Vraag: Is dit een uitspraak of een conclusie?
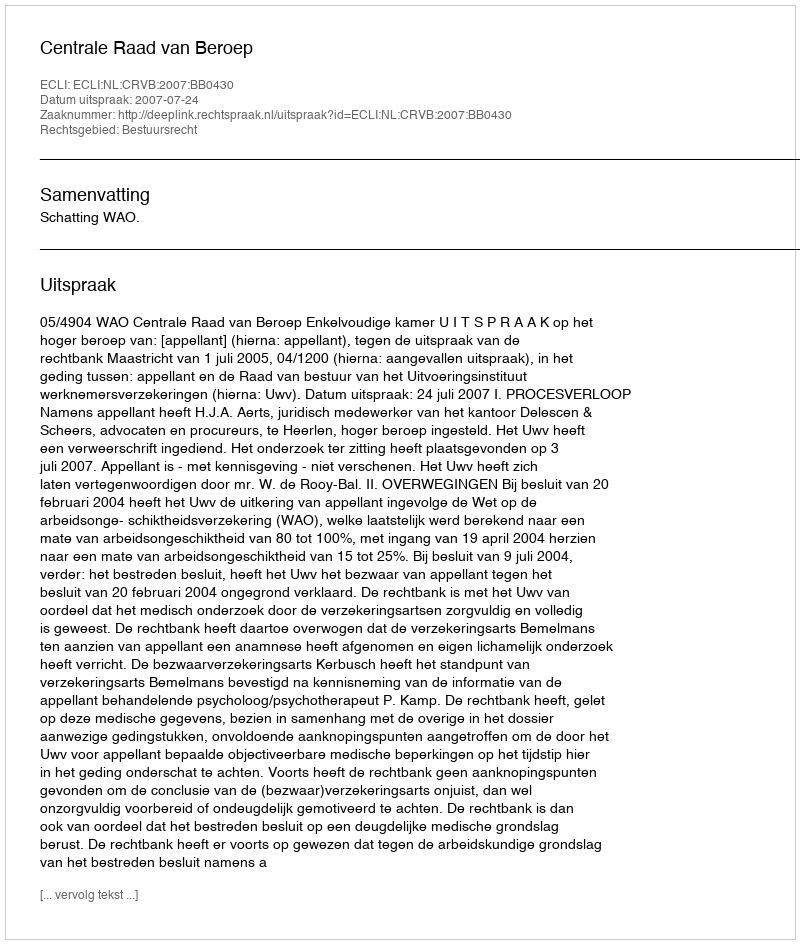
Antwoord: Uitspraak